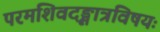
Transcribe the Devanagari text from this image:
परमशिवदृङ्मात्रविषयः